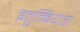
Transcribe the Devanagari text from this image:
इतुम्बियारा